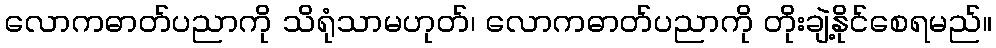
လောကဓာတ်ပညာကို သိရုံသာမဟုတ်၊ လောကဓာတ်ပညာကို တိုးချဲ့နိုင်စေရမည်။